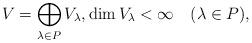
LaTeX: \begin{align*}V=\bigoplus_{\lambda\in P}V_\lambda,\dim V_\lambda<\infty\quad(\lambda\in P),\end{align*}